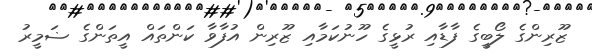
ޒޫރިންގެ ލޯބީގެ ފާޑާއި ރުޅީގެ ހޫނުކަމާއި ޒޫރިން އުފާވާ ކަންތައް އީތަންގެ ޟަމީރު